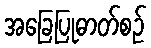
အခြေပြုဓာတ်စဉ်